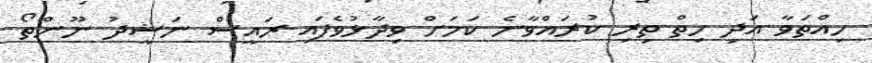
ހިއްތަވާ އަދި ހިތް ތިރި ކުރައްވާނެ ކަމަށް ވިދާޅުވެފައި ރައީސް ނަޝީދު ނޫންތޯ